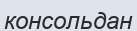
консольдан